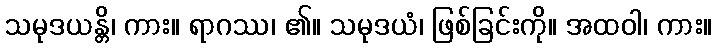
သမုဒယန္တိ၊ ကား။ ရာဂဿ၊ ၏။ သမုဒယံ၊ ဖြစ်ခြင်းကို။ အထဝါ၊ ကား။